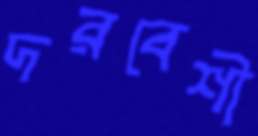
দরবেশী